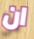
ان